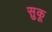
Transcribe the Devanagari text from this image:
सुकू